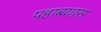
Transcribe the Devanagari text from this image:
पहाबयास